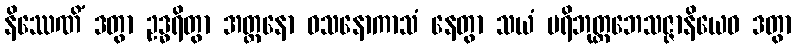
နိဿေဏိံ ဒတွာ ဥဒ္ဓရိတွာ အတ္တနော ဝသနောကာသံ နေတွာ သယံ ပရိဘုတ္တဘေသဇ္ဇာနိယေဝ ဒတွာ